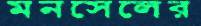
মনসেলের